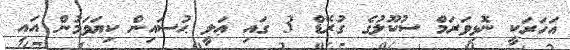
އަހަރަކީ ނޮޅިވަރަމް ސުކޫލުގެ ގުރޭޑް 3 ގައި ޢަލީ ޙުސައިން ކިޔަވަމުން އައި